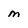
Character: m